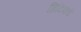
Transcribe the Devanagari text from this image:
ब्रिटिकडे